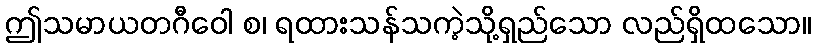
ဤသမာယတဂီဝေါ စ၊ ရထားသန်သကဲ့သို့ရှည်သော လည်ရှိထသော။